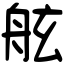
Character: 舷